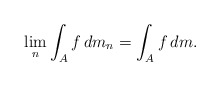
\begin{align*}\lim_n \int_{A} f\,dm_n = \int_{A} f\,dm.\end{align*}